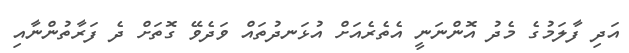
އަދި ފާލަމުގެ މެދު އޮންނަނީ އެތެރެއަށް އުޅަނދުތައް ވަދެވޭ ގޮތަށް ދެ ފަރާތުންނާއި